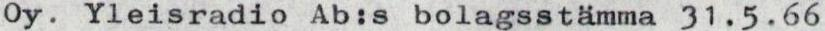
Oy. Yleisradio Ab:s bolagsstämma 31.5.66